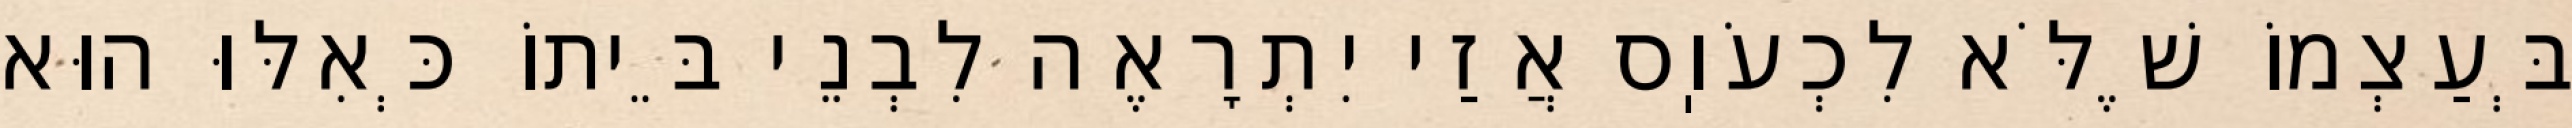
בְּעַצְמוֹ שֶׁלֹּא לִכְעֹוֽס אֲזַי יִתְרָאֶה לִבְנֵי בֵּיתוֹ כְּאִלּוּ הוּא